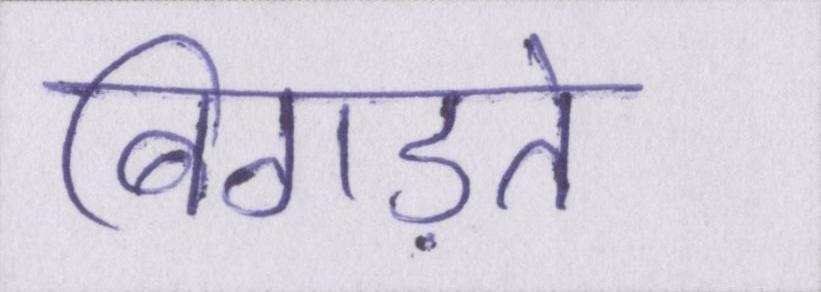
बिगड़ते